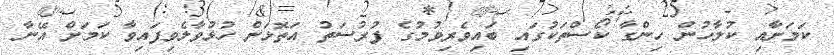
ކަމަށާއި ކުލާހުން ހިންގާ ކޯސްތަކުގައި ބައިވެރިވުމުގެ ފުރުސަތު އަތޮޅަށް ހުޅުވާލެވިފައިވާ ކަމަށް އޭނާ